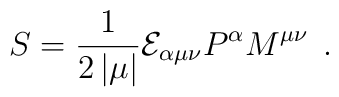
S=\frac 1{2\left| \mu \right| }{\cal E}_{\alpha \mu \nu }P^\alpha M^{\mu \nu}\;\,.